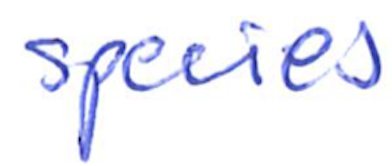
Text: species
Cross-out: clean
Writing tool: ballpoint